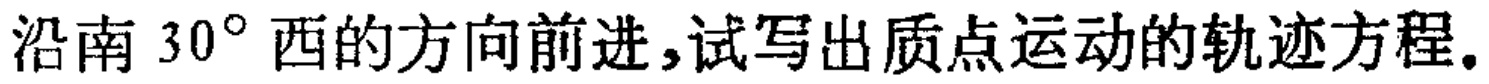
沿南 \(30^{\circ}\) 西的方向前进,试写出质点运动的轨迹方程.